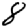
Digit: 8